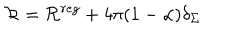
LaTeX: { \cal R } = { \cal R } ^ { r e g } + 4 \pi ( 1 - \alpha ) \delta _ { \Sigma }